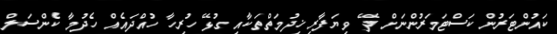
ކައުންޓަރުން ކަސްޓަމަރުންނަށް ދޭ ވިޔަފާރި ޚިދުމަތްތަކާއި ގުޅޭ ހުރިހާ ހުއްދައެއް ހެދުމާ ކެންސަލް